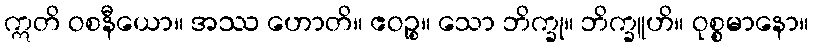
ဣတိ ဝစနီယော။ အဿ ဟောတိ။ ဧဝဉ္စ။ သော ဘိက္ခု။ ဘိက္ခူဟိ။ ဝုစ္စမာနော။